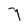
Character: 7